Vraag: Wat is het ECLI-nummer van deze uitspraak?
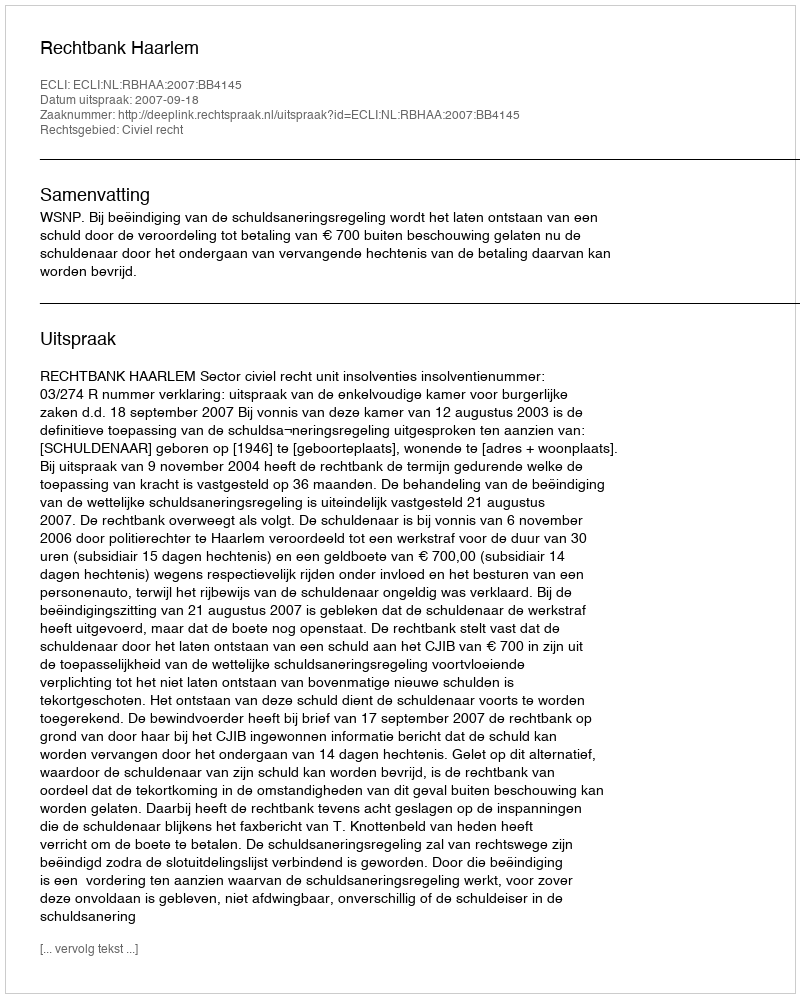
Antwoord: ECLI:NL:RBHAA:2007:BB4145